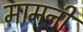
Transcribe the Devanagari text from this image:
मामनी